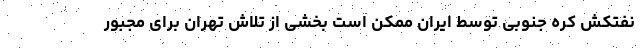
نفتکش کره جنوبی توسط ایران ممکن است بخشی از تلاش تهران برای مجبور